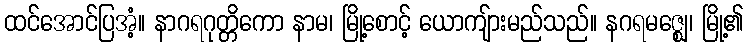
ထင်အောင်ပြအံ့။ နာဂရဂုတ္တိကော နာမ၊ မြို့စောင့် ယောကျ်ားမည်သည်။ နဂရမဇ္ဈေ၊ မြို့၏